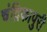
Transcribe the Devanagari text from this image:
चंद्रिकापुरी